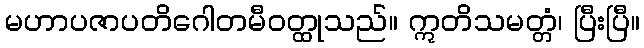
မဟာပဇာပတိဂေါတမီဝတ္ထုသည်။ ဣတိသမတ္တံ၊ ပြီးပြီ။